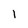
Character: 1